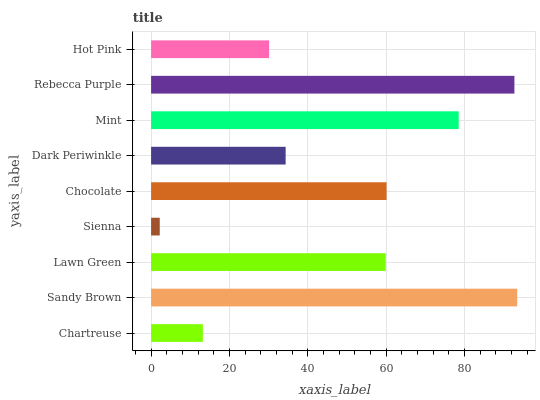
| yaxis_label | bars |
 | --- | --- |
 | Chartreuse | 13.2 |
 | Sandy Brown | 93.4 |
 | Lawn Green | 59.9 |
 | Sienna | 2.21 |
 | Chocolate | 60.1 |
 | Dark Periwinkle | 34.3 |
 | Mint | 78.5 |
 | Rebecca Purple | 92.7 |
 | Hot Pink | 30.1 |